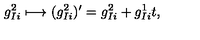
g _ { I i } ^ { 2 } \longmapsto ( g _ { I i } ^ { 2 } ) ^ { \prime } = g _ { I i } ^ { 2 } + g _ { I i } ^ { 1 } t ,